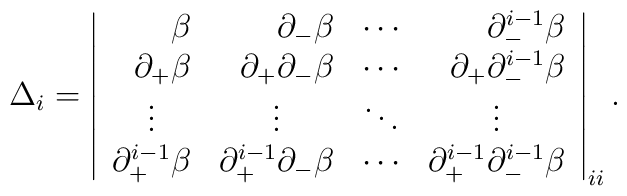
\Delta_{i} = \left| \begin{array}{rrrr}\beta & \partial_- \beta & \cdots & \partial_-^{i-1} \beta \\\partial_+ \beta & \partial_+ \partial_- \beta & \cdots &\partial_+ \partial_-^{i-1} \beta \\\vdots \hfil & \vdots \hfil & \ddots & \vdots \hfil \\\partial_+^{i-1} \beta & \partial_+^{i-1} \partial_- \beta & \cdots &\partial_+^{i-1} \partial_-^{i-1} \beta\end{array} \right|_{ii}.